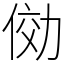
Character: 俲